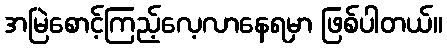
အမြဲစောင့်ကြည့်လေ့လာနေရမှာ ဖြစ်ပါတယ်။